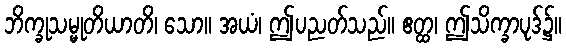
ဘိက္ခုသမ္မုတိယာတိ၊ သော။ အယံ၊ ဤပညတ်သည်။ ဧတ္ထ၊ ဤသိက္ခာပုဒ်၌။